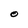
Character: O